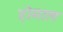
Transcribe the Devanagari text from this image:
होमाल